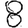
Digit: 8